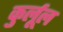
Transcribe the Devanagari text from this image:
कुर्लूल